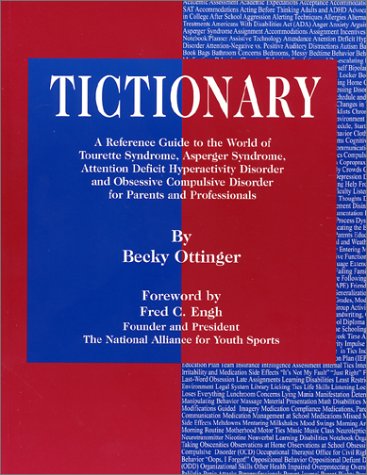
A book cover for Tictionary: A Reference Guide to the World of Tourette Syndrome, Asperger Syndrome, Attention Deficit Hyperactivity Disorder and Obsessive Compulsive Disorder for Parents and Professionals; Becky Ottinger; Health, Fitness & Dieting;